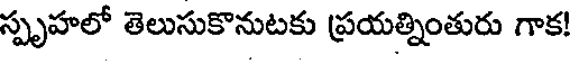
స్పృహలో తెలుసుకొనుటకు ప్రయత్నింతురు గాక!